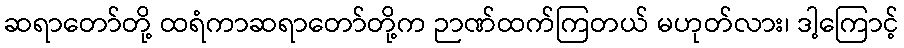
ဆရာတော်တို့ ထရံကာဆရာတော်တို့က ဉာဏ်ထက်ကြတယ် မဟုတ်လား၊ ဒါ့ကြောင့်